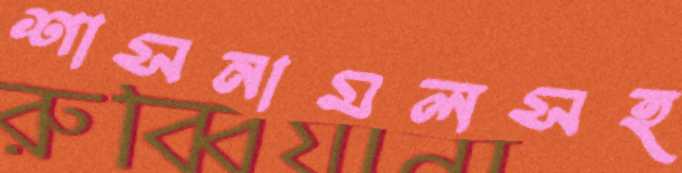
শাসনামলসহ